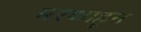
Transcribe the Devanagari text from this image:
मरणाहून